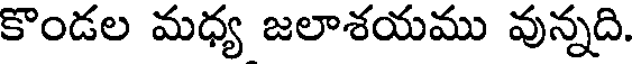
కొండల మధ్య జలాశయము వున్నది.